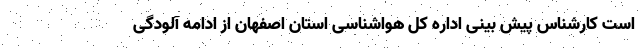
است کارشناس پیش بینی اداره کل هواشناسی استان اصفهان از ادامه آلودگی